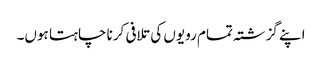
اپنے گزشتہ تمام رویوں کی تلافی کرنا چاہتا ہوں۔